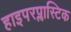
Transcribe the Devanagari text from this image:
हाइपरप्लास्टिक